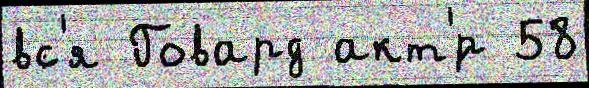
вс'я Говард акт'́р 58